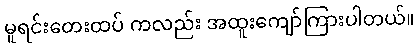
မူရင်းတေးထပ် ကလည်း အထူးကျော်ကြားပါတယ်။